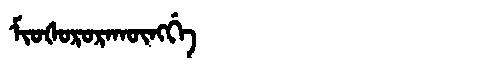
Manchu: ᠮᡳᠣᡧᠣᡵᠣᡵᠠᡴᡡᠩᡤᡝ
Romanization: MIOŠORORAKŪNGGE